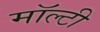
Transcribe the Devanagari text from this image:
मॉल्टी